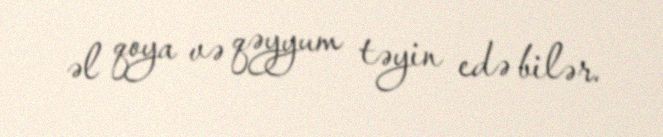
əl qoya və qəyyum təyin edə bilər.